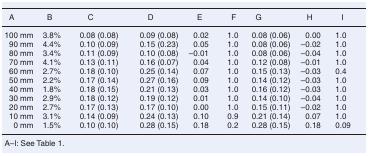
<table><thead><tr><td><b>A</b></td><td><b>B</b></td><td><b>C</b></td><td><b>D</b></td><td><b>E</b></td><td><b>F</b></td><td><b>G</b></td><td><b>H</b></td><td><b>I</b></td></tr></thead><tbody><tr><td>100 mm</td><td>3.8%</td><td>0.08 (0.08)</td><td>0.09 (0.08)</td><td>0.02</td><td>1.0</td><td>0.08 (0.06)</td><td>0.00</td><td>1.0</td></tr><tr><td>90 mm</td><td>4.4%</td><td>0.10 (0.09)</td><td>0.15 (0.23)</td><td>0.05</td><td>1.0</td><td>0.08 (0.06)</td><td>–0.02</td><td>1.0</td></tr><tr><td>80 mm</td><td>3.4%</td><td>0.11 (0.09)</td><td>0.10 (0.08)</td><td>–0.01</td><td>1.0</td><td>0.08 (0.06)</td><td>–0.04</td><td>1.0</td></tr><tr><td>70 mm</td><td>4.1%</td><td>0.13 (0.11)</td><td>0.16 (0.07)</td><td>0.04</td><td>1.0</td><td>0.12 (0.08)</td><td>–0.01</td><td>1.0</td></tr><tr><td>60 mm</td><td>2.7%</td><td>0.18 (0.10)</td><td>0.25 (0.14)</td><td>0.07</td><td>1.0</td><td>0.15 (0.13)</td><td>–0.03</td><td>0.4</td></tr><tr><td>50 mm</td><td>2.2%</td><td>0.17 (0.14)</td><td>0.27 (0.16)</td><td>0.09</td><td>1.0</td><td>0.14 (0.12)</td><td>–0.03</td><td>1.0</td></tr><tr><td>40 mm</td><td>1.8%</td><td>0.18 (0.15)</td><td>0.21 (0.13)</td><td>0.03</td><td>1.0</td><td>0.16 (0.12)</td><td>–0.03</td><td>1.0</td></tr><tr><td>30 mm</td><td>2.9%</td><td>0.18 (0.12)</td><td>0.19 (0.12)</td><td>0.01</td><td>1.0</td><td>0.14 (0.10)</td><td>–0.04</td><td>1.0</td></tr><tr><td>20 mm</td><td>2.7%</td><td>0.17 (0.13)</td><td>0.17 (0.10)</td><td>0.00</td><td>1.0</td><td>0.15 (0.11)</td><td>–0.02</td><td>1.0</td></tr><tr><td>10 mm</td><td>3.1%</td><td>0.14 (0.09)</td><td>0.24 (0.13)</td><td>0.10</td><td>0.9</td><td>0.21 (0.14)</td><td>0.07</td><td>1.0</td></tr><tr><td>0 mm</td><td>1.5%</td><td>0.10 (0.10)</td><td>0.28 (0.15)</td><td>0.18</td><td>0.2</td><td>0.28 (0.15)</td><td>0.18</td><td>0.09</td></tr></tbody></table>